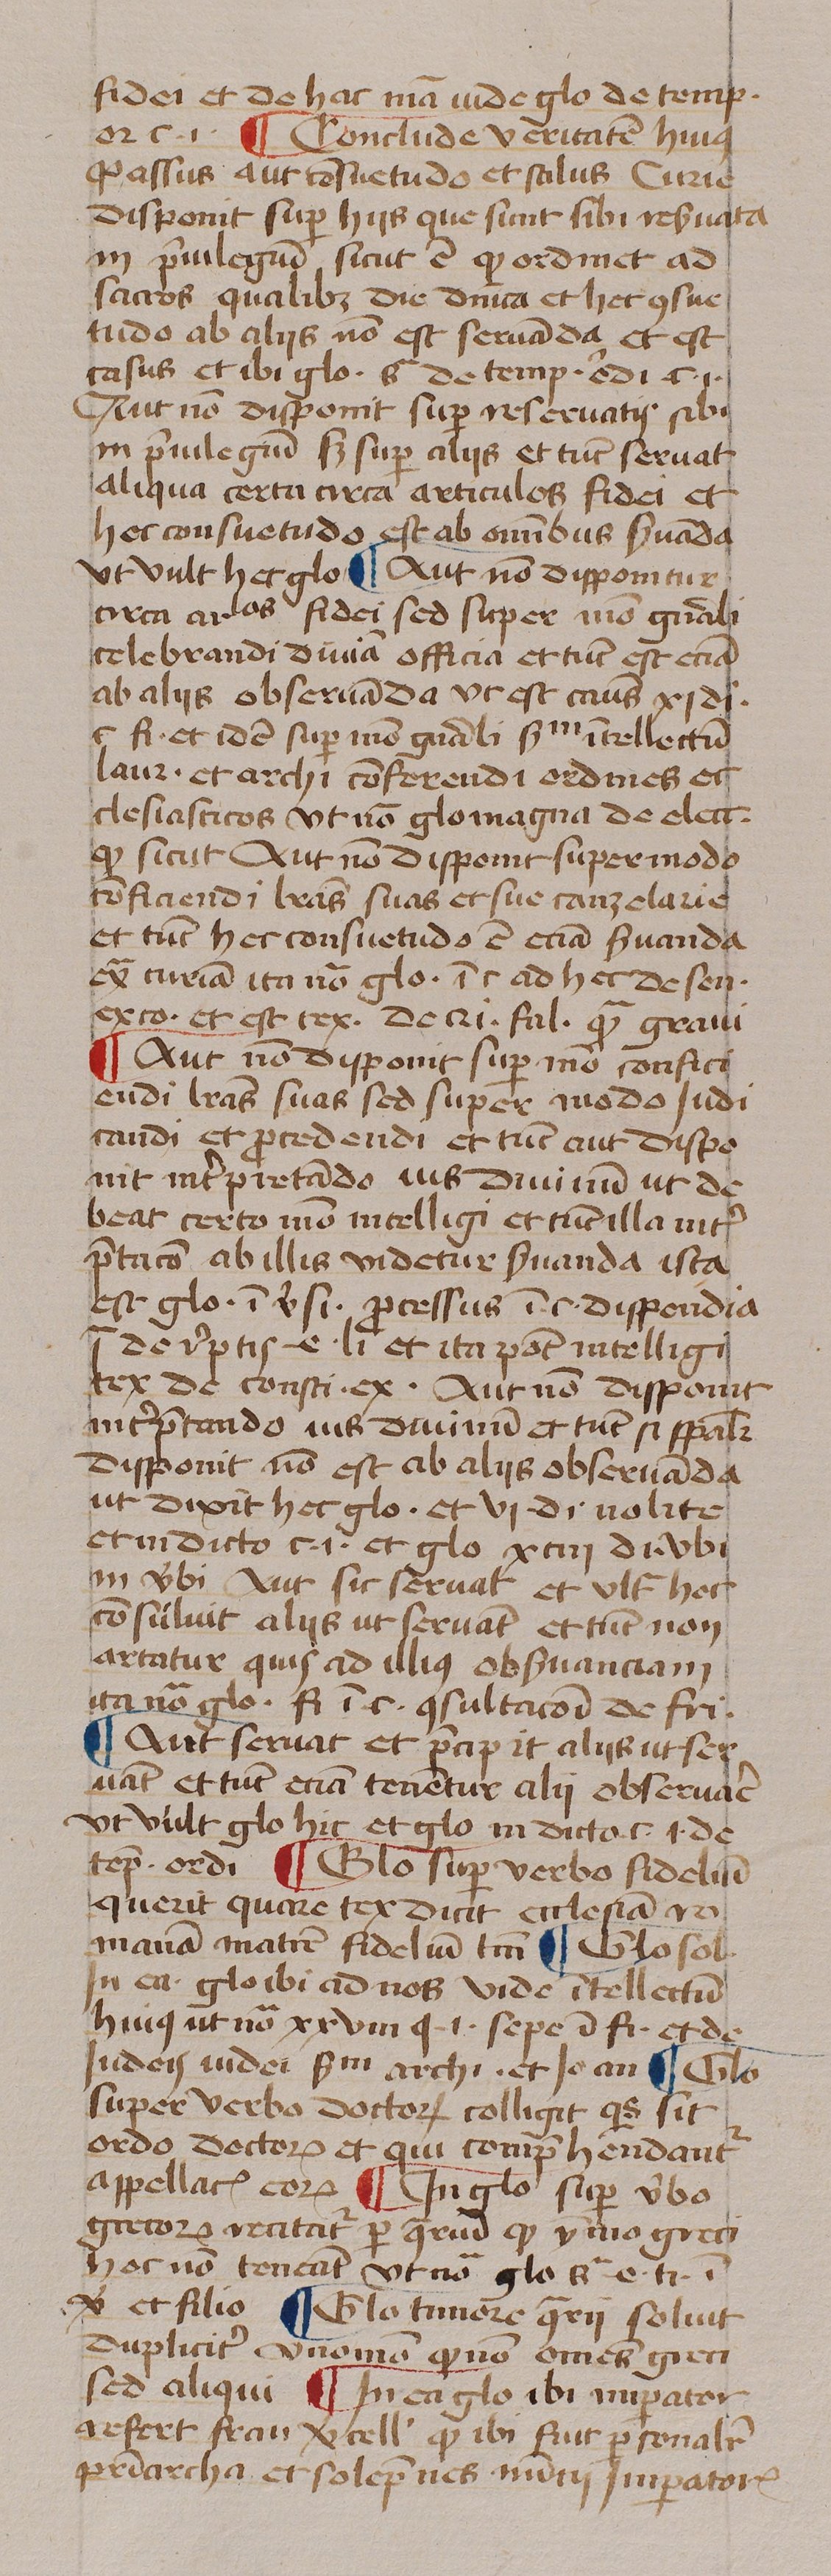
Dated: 1439–1439